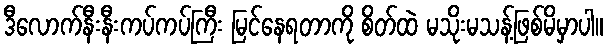
ဒီလောက်နီးနီးကပ်ကပ်ကြီး မြင်နေရတာကို စိတ်ထဲ မသိုးမသန့်ဖြစ်မိမှာပါ။